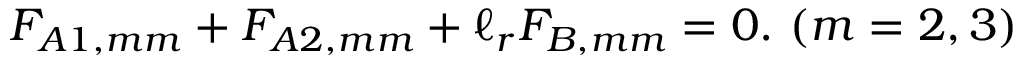
F _ { A 1 , m m } + F _ { A 2 , m m } + \ell _ { r } F _ { B , m m } = 0 . \ ( m = 2 , 3 )